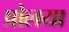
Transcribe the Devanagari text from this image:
प्रोलया